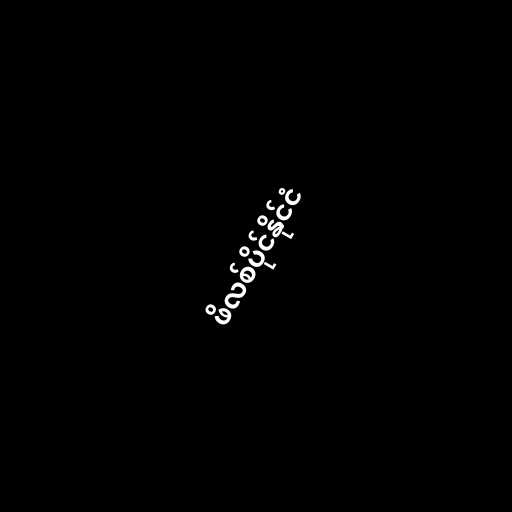
ဖိလစ်ပိုင်နိုင်ငံ